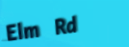
Elm Rd